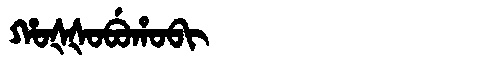
Manchu: ᡥᠣᡧᡧᠣᠪᡠᡥᠣᠪᡳ
Romanization: HOŠŠOBUHOBI